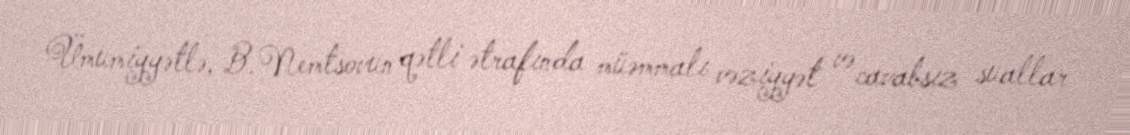
Ümumiyyətlə, B.Nemtsovun qətli ətrafında müəmmalı vəziyyət və cavabsız suallar